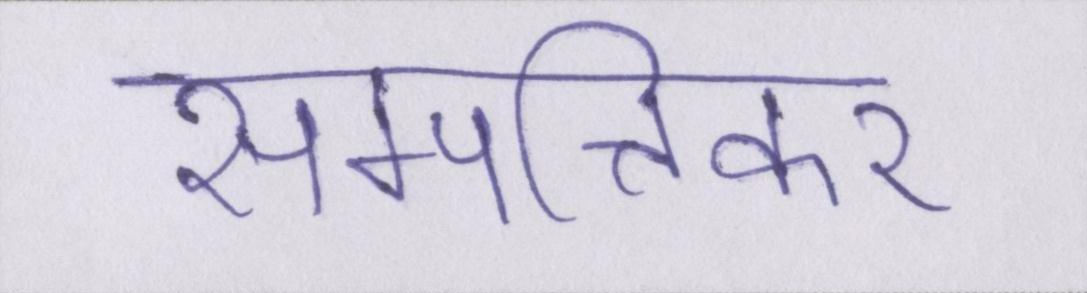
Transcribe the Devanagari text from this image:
सम्पत्तिकर